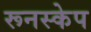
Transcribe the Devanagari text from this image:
रूनस्केप